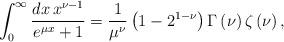
LaTeX: \begin{align*}\int_0^\infty\frac{dx\,x^{\nu-1}}{e^{\mu x}+1}=\frac{1}{\mu^\nu}\left(1-2^{1-\nu}\right)\Gamma\left(\nu\right)\zeta\left(\nu\right),\end{align*}